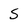
Character: S